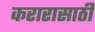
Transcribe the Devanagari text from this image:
करारासाठी